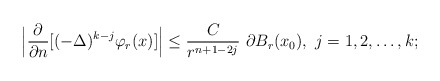
\begin{align*}\Big | \frac{\partial}{\partial n}[(-\Delta)^{k-j}\varphi_{r}(x)] \Big |\leq \frac{C}{r^{n+1-2j}} \,\, \partial B_{r}(x_0),\,\, j=1,2,\ldots,k;\end{align*}